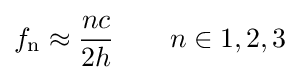
f_{\text{n}}\approx {nc \over 2h}\qquad n\in 1,2,3